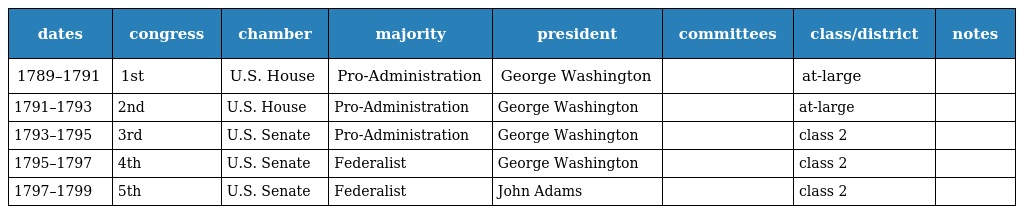
| dates | congress | chamber | majority | president | committees | class/district | notes |
 | --- | --- | --- | --- | --- | --- | --- | --- |
 | 1789–1791 | 1st | U.S. House | Pro-Administration | George Washington |  | at-large |  |
 | 1791–1793 | 2nd | U.S. House | Pro-Administration | George Washington |  | at-large |  |
 | 1793–1795 | 3rd | U.S. Senate | Pro-Administration | George Washington |  | class 2 |  |
 | 1795–1797 | 4th | U.S. Senate | Federalist | George Washington |  | class 2 |  |
 | 1797–1799 | 5th | U.S. Senate | Federalist | John Adams |  | class 2 |  |